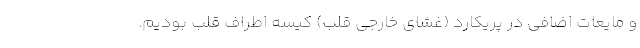
و مایعات اضافی در پریکارد (غشای خارجی قلب) کیسه اطراف قلب بودیم.